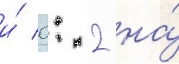
и́ 0: 2 на́